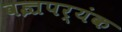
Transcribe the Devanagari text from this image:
वज्रपर्यंक